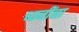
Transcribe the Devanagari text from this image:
ध्वनींना